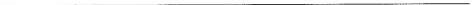
____________________